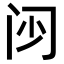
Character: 𮤰